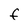
Character: f